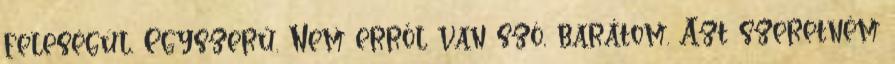
feleségül. Egyszerű. Nem erről van szó, barátom. Azt szeretném